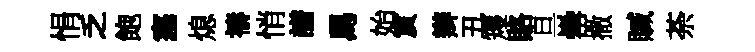
悁乏飽塞熄禱悄譜舄始賔辫丑矱賂旦罍撒贓荼